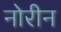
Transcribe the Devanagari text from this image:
नोरीन